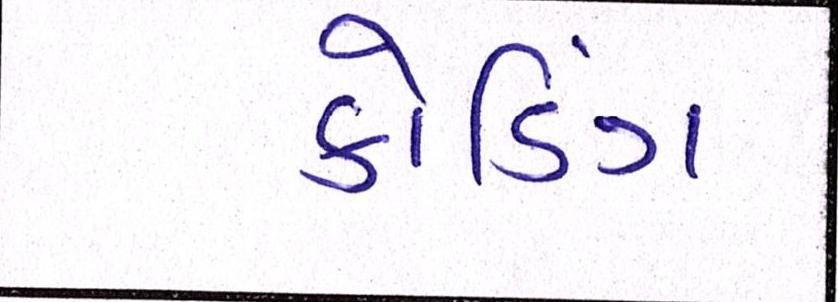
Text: કોડિંગ